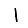
Digit: 1